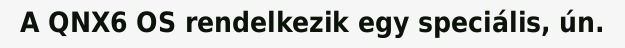
A QNX6 OS rendelkezik egy speciális, ún.